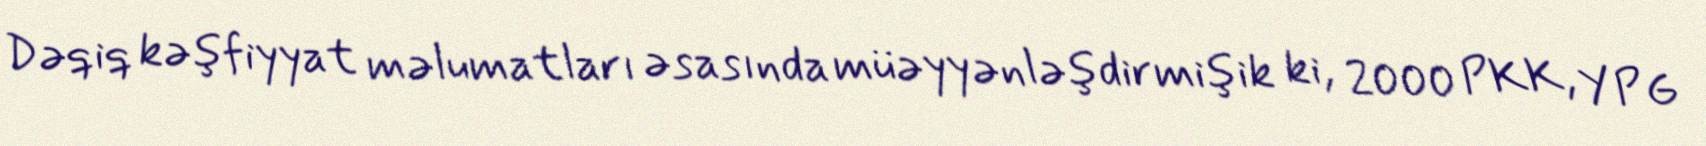
Dəqiq kəşfiyyat məlumatları əsasında müəyyənləşdirmişik ki, 2000 PKK, YPG